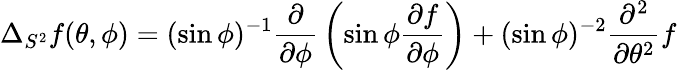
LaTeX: \Delta_{S^{2}}f(\theta,\phi)=(\sin\phi)^{-1}{\frac{\partial}{\partial\phi}}\left(\sin\phi{\frac{\partial f}{\partial\phi}}\right)+(\sin\phi)^{-2}{\frac{\partial^{2}}{\partial\theta^{2}}}f